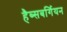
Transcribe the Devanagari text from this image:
हैब्सबर्गियन